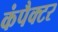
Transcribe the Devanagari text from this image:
कंपैक्टर